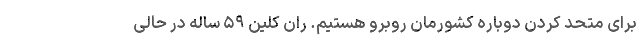
برای متحد کردن دوباره کشورمان روبرو هستیم. ران کلین ۵۹ ساله در حالی